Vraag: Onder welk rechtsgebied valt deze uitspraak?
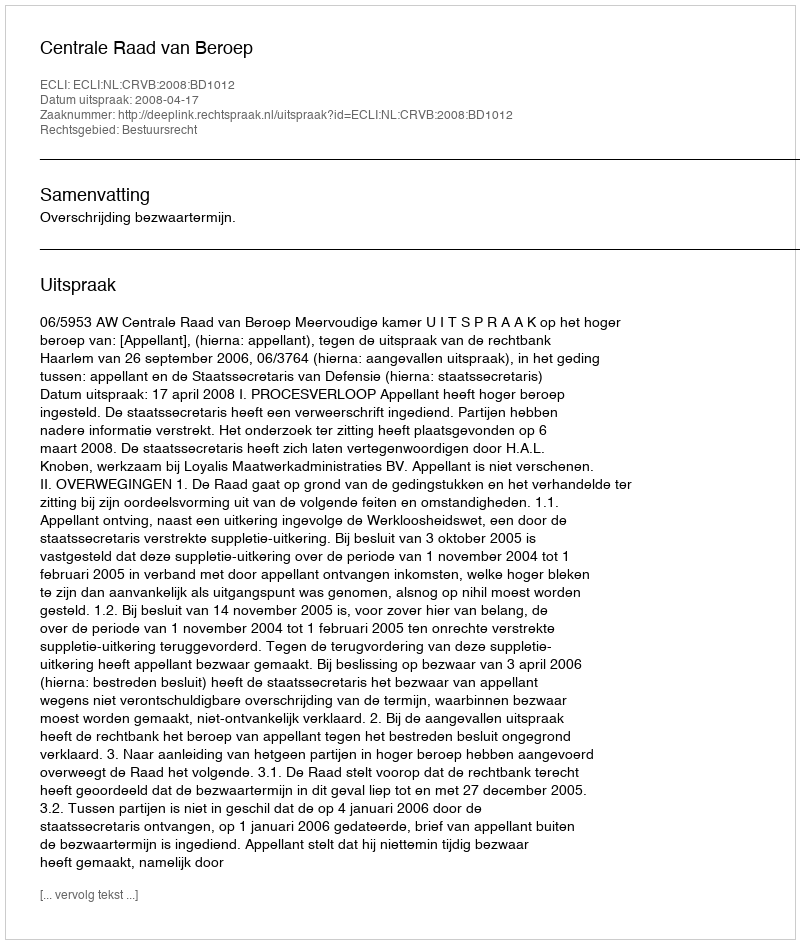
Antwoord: Bestuursrecht